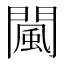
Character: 闏